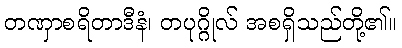
တဏှာစရိတာဒီနံ၊ တပုဂ္ဂိုလ် အစရှိသည်တို့၏။